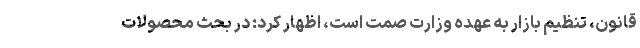
قانون، تنظیم بازار به عهده وزارت صمت است، اظهار کرد: در بحث محصولات